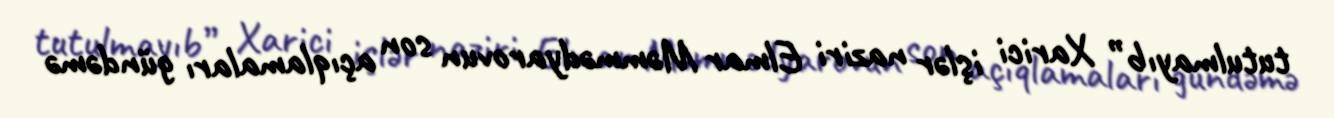
tutulmayıb” Xarici işlər naziri Elmar Məmmədyarovun son açıqlamaları gündəmə